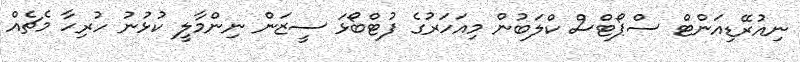
ނިއުރޭޑިއަންޓް ސްޕޯޓްސް ކްލަބުން މިއަހަރުގެ ފުޓްބޯޅަ ސީޒަން ނިންމާލީ ކުޅުނު ހުރިހާ މެޗެއް